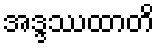
အဒ္ဒဿထာတိ